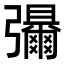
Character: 𫹃